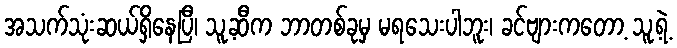
အသက်သုံးဆယ်ရှိနေပြီ၊ သူ့ဆီက ဘာတစ်ခုမှ မရသေးပါဘူး၊ ခင်ဗျားကတော့ သူ့ရဲ့